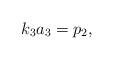
LaTeX: \begin{align*}k_3{a_3}=p_2,\end{align*}